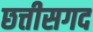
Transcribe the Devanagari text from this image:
छत्तीसगद